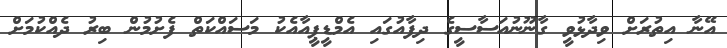
އޭނާ އިތުރަށް ވިދާޅުވީ ގާނޫނުއަސާސީގެ ދިފާއުގައި އެމްޑީޕީއާއެކު މަސައްކަތް ފެށުމުން ބިރު ދެއްކުމަށް